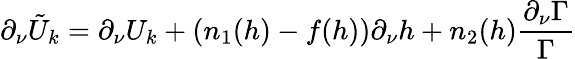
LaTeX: \partial_{\nu}\tilde{U}_{k}=\partial_{\nu}U_{k}+\left(n_{1}(h)-f(h)\right)\partial_{\nu}h+n_{2}(h)\frac{\partial_{\nu}\Gamma}{\Gamma}